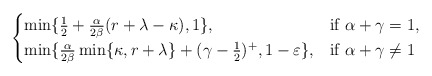
\begin{align*}\begin{cases}\min\{ \frac{1}{2} + \frac{\alpha}{2\beta}(r+\lambda-\kappa), 1 \}, & \mbox{if } \alpha + \gamma = 1, \\\min\{\frac{\alpha}{2\beta}\min\{\kappa,r+\lambda\} + (\gamma-\frac{1}{2})^{+}, 1-\varepsilon\}, & \mbox{if } \alpha + \gamma \neq 1\end{cases}\end{align*}